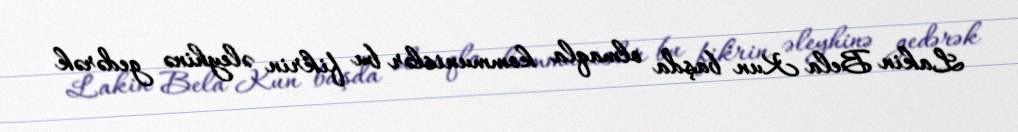
Lakin Bela Kun başda olmaqla kommunislər bu fikrin əleyhinə gedərək